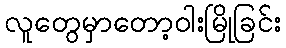
လူတွေမှာတော့ဝါးမြိုခြင်း